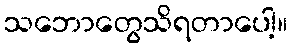
သဘောတွေသိရတာပေါ့။